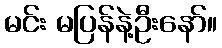
မင်း မပြန်နဲ့ဦးနော်။